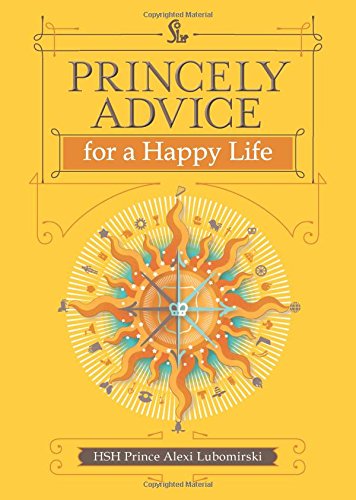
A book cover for Princely Advice for a Happy Life; HSH Prince Alexi Lubomirski; Parenting & Relationships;